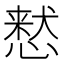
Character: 慭